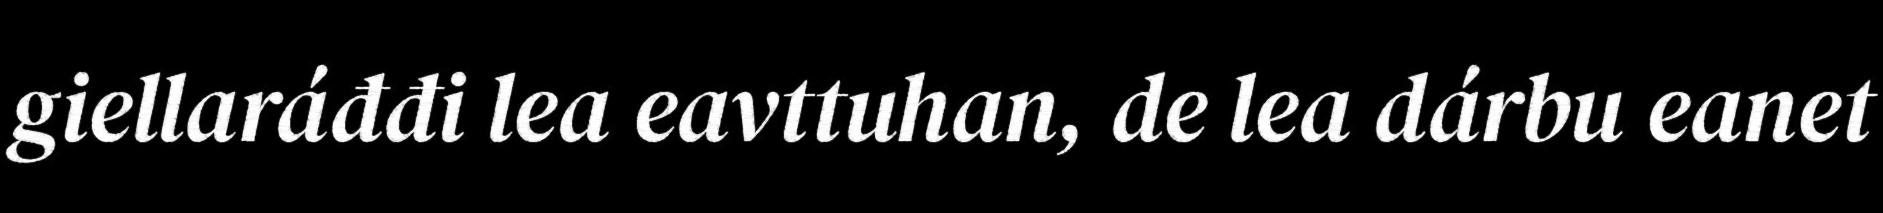
giellaráđđi lea eavttuhan, de lea dárbu eanet